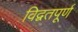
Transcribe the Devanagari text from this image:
विद्वतपूर्ण